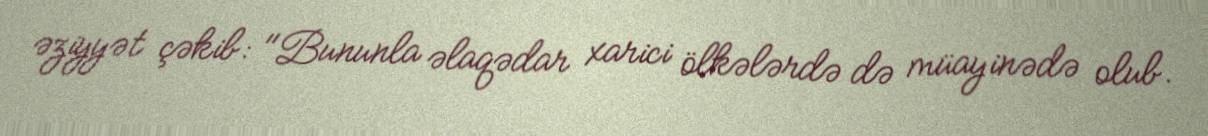
əziyyət çəkib: "Bununla əlaqədar xarici ölkələrdə də müayinədə olub.